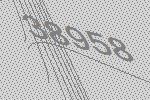
38958